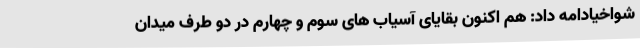
شواخیادامه داد: هم اکنون بقایای آسیاب های سوم و چهارم در دو طرف میدان